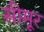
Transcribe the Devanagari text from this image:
सीमूर